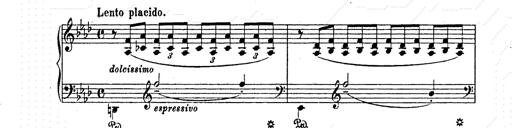
Title: AnnÃ©es de pÃ¨lerinage II
Composer: Franz Liszt